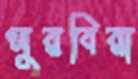
পুরবিরা